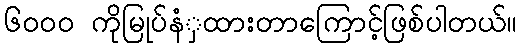
၆၀၀၀ ကိုမြုပ်နံှထားတာကြောင့်ဖြစ်ပါတယ်။